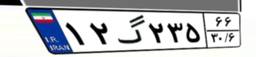
۱۲گ۲۳۵۶۶